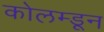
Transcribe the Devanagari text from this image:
कोलम्डून